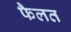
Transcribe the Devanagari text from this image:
फैलत